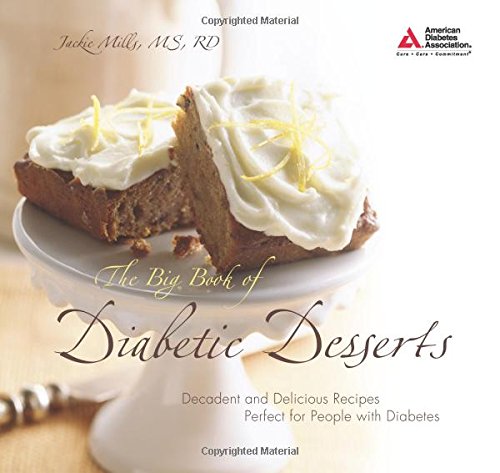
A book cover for The Big Book of Diabetic Desserts; Jackie Mills M.S.; Cookbooks, Food & Wine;